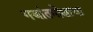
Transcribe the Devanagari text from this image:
गजांतमोक्षाचा